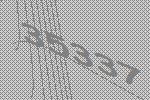
35337